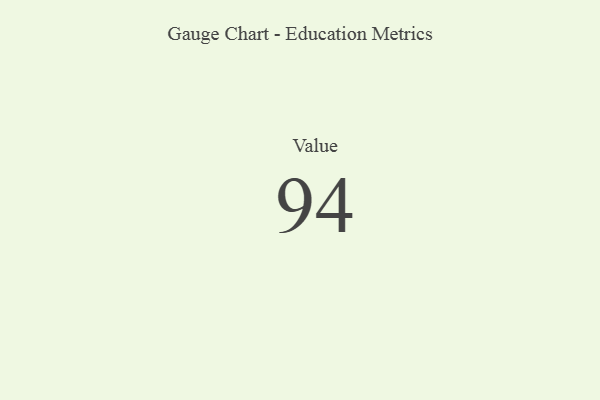
{"axis": {"x": "Metric", "y": "Value"}, "legend": [""], "data": [{"x": "Value", "y": 94, "type": ""}]}